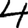
Digit: 4